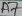
Text: A7